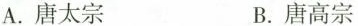
A.唐太宗 B.唐高宗